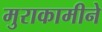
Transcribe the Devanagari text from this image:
मुराकामीने